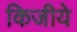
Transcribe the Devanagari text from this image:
किजीये